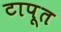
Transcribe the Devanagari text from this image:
टापूत